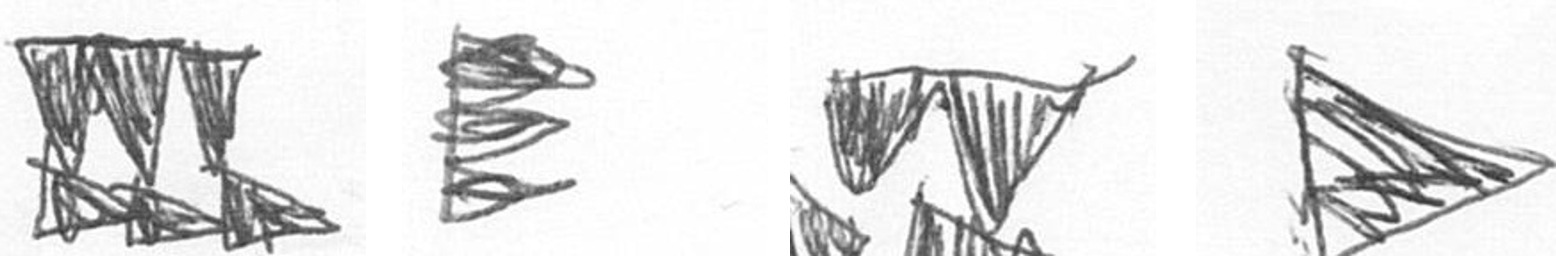
D H B T